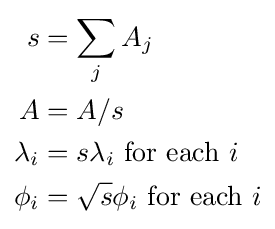
{\begin{aligned}s&=\sum _{j}A_{j}\\A&=A/s\\\lambda _{i}&=s\lambda _{i}{\text{ for each }}i\\\phi _{i}&={\sqrt {s}}\phi _{i}{\text{ for each }}i\\\end{aligned}}